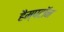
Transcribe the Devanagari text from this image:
हैम्पटॉन